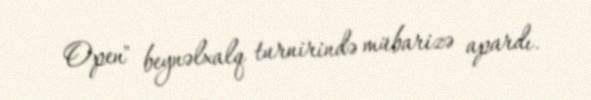
Open" beynəlxalq turnirində mübarizə apardı.